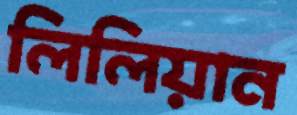
লিলিয়ান